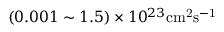
( 0 . 0 0 1 \sim 1 . 5 ) \times 1 0 ^ { 2 3 } \mathrm { c m ^ { 2 } s ^ { - 1 } }